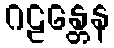
ဂဠန္တေန